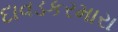
દાવડકરમારા